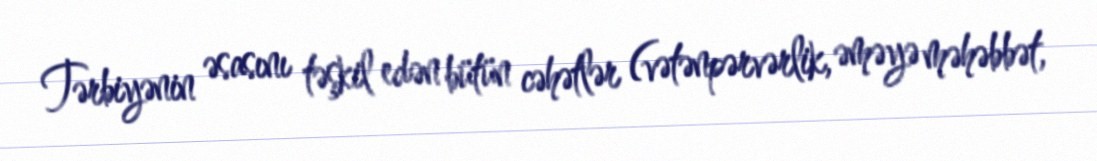
Tərbiyənin əsasını təşkil edən bütün cəhətlər (vətənpərvərlik, əməyə məhəbbət,